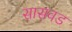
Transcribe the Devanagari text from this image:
सासवड